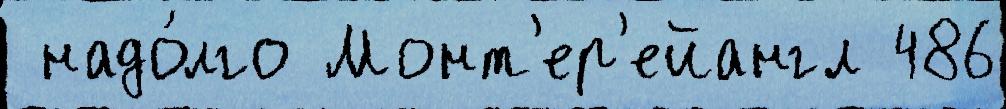
 надо́лго Монт'ер'ейангл 486